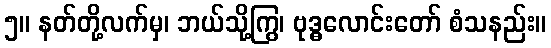
၅။ နတ်တို့လက်မှ၊ ဘယ်သို့ကြွ၊ ဗုဒ္ဓလောင်းတော် စံသနည်း။